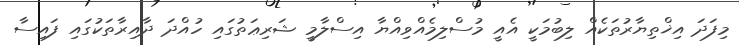
މިފަދަ އިޚްތިޔާރުތަކެއް ލިބުމަކީ އެއީ މުސްލިމެއްވިއްޔާ އިސްލާމީ ޝަރިޢަތުގައި ހުއްދަ ދާއިރާތަކުގައި ފައިސާ